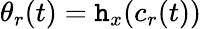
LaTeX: \theta_{r}(t)=\mathtt{h}_{x}(c_{r}(t))